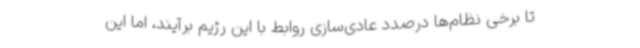
تا برخی نظام‌ها درصدد عادی‌سازی روابط با این رژیم برآیند، اما این